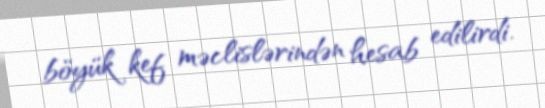
böyük kef məclislərindən hesab edilirdi.